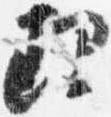
理